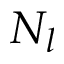
N _ { l }